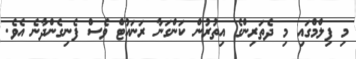
މި ފިލްމްގައި މި ދެތަރިންގެ އިތުރުން ކަންގަނާ ރަނައުޓް ވެސް ފެނިގެންދާނެ އެވެ.